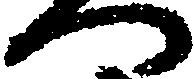
へ